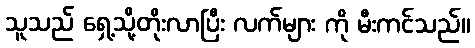
သူသည် ရှေ့သို့တိုးလာပြီး လက်များ ကို မီးကင်သည်။